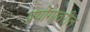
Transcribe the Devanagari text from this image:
प्रयोगावरील